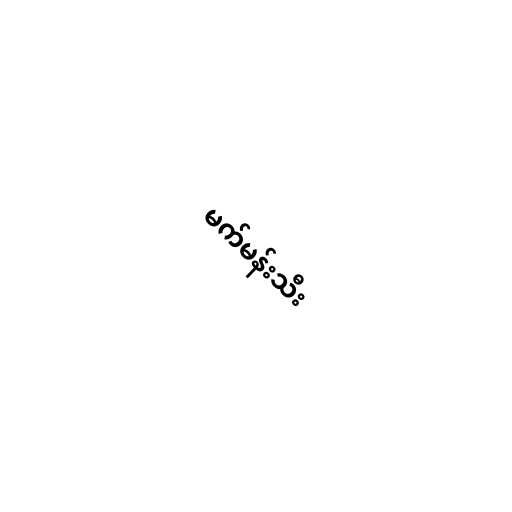
မက်မန်းသီး